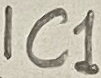
Text: IC1